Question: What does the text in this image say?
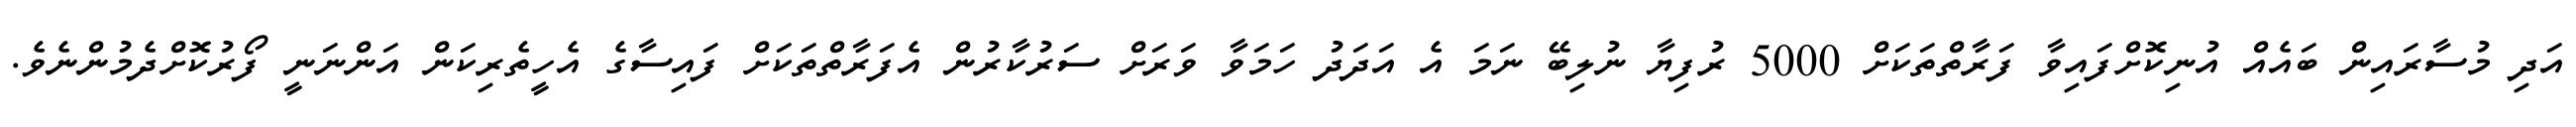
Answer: އަދި މުސާރައިން ބައެއް އުނިކޮށްފައިވާ ފަރާތްތަކަށް 5000 ރުފިޔާ ނުލިބޭ ނަމަ އެ އަދަދު ހަމަވާ ވަރަށް ސަރުކާރުން އެފަރާތްތަކަށް ފައިސާގެ އެހީތެރިކަން އަންނަނީ ފޯރުކޮށްދެމުންނެވެ.